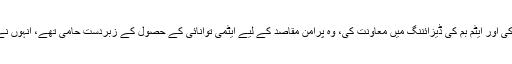
انہوں نے 1970 میں وطن واپسی کے بعد پاکستان انسٹی ٹیوٹ آف نیوکلیئر سائنسز میں شمولیت اختیار کی اور ایٹم بم کی ڈیزائننگ میں معاونت کی، وہ پرامن مقاصد کے لیے ایٹمی توانائی کے حصول کے زبردست حامی تھے، انہوں نے صنعتی مقاصد کے لیے حکومت پاکستان کے ایٹمی توانائی مشن میں بھی اہم ذمہ داریاں سر انجام دیں۔